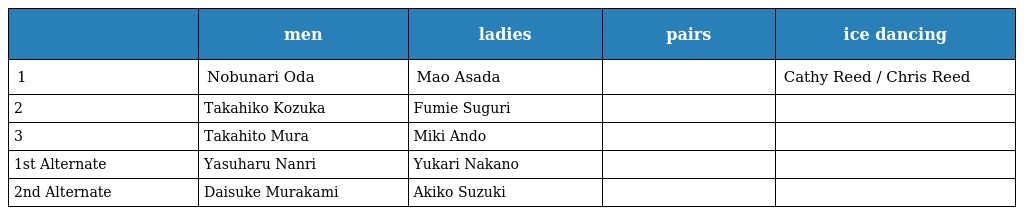
|  | men | ladies | pairs | ice dancing |
 | --- | --- | --- | --- | --- |
 | 1 | Nobunari Oda | Mao Asada |  | Cathy Reed / Chris Reed |
 | 2 | Takahiko Kozuka | Fumie Suguri |  |  |
 | 3 | Takahito Mura | Miki Ando |  |  |
 | 1st Alternate | Yasuharu Nanri | Yukari Nakano |  |  |
 | 2nd Alternate | Daisuke Murakami | Akiko Suzuki |  |  |